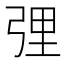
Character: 𱝝